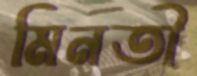
মিনতী